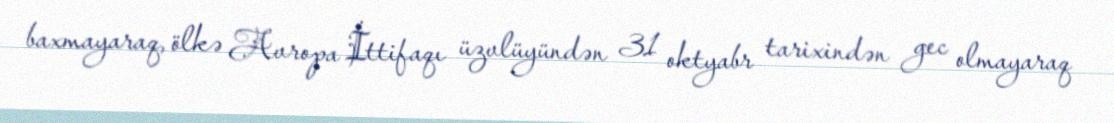
baxmayaraq, ölkə Avropa İttifaqı üzvlüyündən 31 oktyabr tarixindən gec olmayaraq